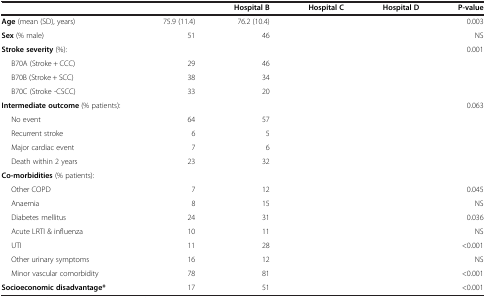
<table><thead><tr><td>[EMPTY_CELL]</td><td>[EMPTY_CELL]</td><td><b>Hospital B</b></td><td><b>Hospital C</b></td><td><b>Hospital D</b></td><td><b>P-value</b></td></tr></thead><tbody><tr><td><b>Age</b> (mean (SD), years)</td><td>75.9 (11.4)</td><td>76.2 (10.4)</td><td>[EMPTY_CELL]</td><td>[EMPTY_CELL]</td><td>0.003</td></tr><tr><td><b>Sex</b> (% male)</td><td>51</td><td>46</td><td>[EMPTY_CELL]</td><td>[EMPTY_CELL]</td><td>NS</td></tr><tr><td><b>Stroke severity</b> (%):</td><td>[EMPTY_CELL]</td><td>[EMPTY_CELL]</td><td>[EMPTY_CELL]</td><td>[EMPTY_CELL]</td><td>0.001</td></tr><tr><td>B70A (Stroke + CCC)</td><td>29</td><td>46</td><td>[EMPTY_CELL]</td><td>[EMPTY_CELL]</td><td>[EMPTY_CELL]</td></tr><tr><td>B70B (Stroke + SCC)</td><td>38</td><td>34</td><td>[EMPTY_CELL]</td><td>[EMPTY_CELL]</td><td>[EMPTY_CELL]</td></tr><tr><td>B70C (Stroke -CSCC)</td><td>33</td><td>20</td><td>[EMPTY_CELL]</td><td>[EMPTY_CELL]</td><td>[EMPTY_CELL]</td></tr><tr><td><b>Intermediate outcome</b> (% patients):</td><td>[EMPTY_CELL]</td><td>[EMPTY_CELL]</td><td>[EMPTY_CELL]</td><td>[EMPTY_CELL]</td><td>0.063</td></tr><tr><td>No event</td><td>64</td><td>57</td><td>[EMPTY_CELL]</td><td>[EMPTY_CELL]</td><td>[EMPTY_CELL]</td></tr><tr><td>Recurrent stroke</td><td>6</td><td>5</td><td>[EMPTY_CELL]</td><td>[EMPTY_CELL]</td><td>[EMPTY_CELL]</td></tr><tr><td>Major cardiac event</td><td>7</td><td>6</td><td>[EMPTY_CELL]</td><td>[EMPTY_CELL]</td><td>[EMPTY_CELL]</td></tr><tr><td>Death within 2 years</td><td>23</td><td>32</td><td>[EMPTY_CELL]</td><td>[EMPTY_CELL]</td><td>[EMPTY_CELL]</td></tr><tr><td><b>Co-morbidities</b> (% patients):</td><td>[EMPTY_CELL]</td><td>[EMPTY_CELL]</td><td>[EMPTY_CELL]</td><td>[EMPTY_CELL]</td><td>[EMPTY_CELL]</td></tr><tr><td>Other COPD</td><td>7</td><td>12</td><td>[EMPTY_CELL]</td><td>[EMPTY_CELL]</td><td>0.045</td></tr><tr><td>Anaemia</td><td>8</td><td>15</td><td>[EMPTY_CELL]</td><td>[EMPTY_CELL]</td><td>NS</td></tr><tr><td>Diabetes mellitus</td><td>24</td><td>31</td><td>[EMPTY_CELL]</td><td>[EMPTY_CELL]</td><td>0.036</td></tr><tr><td>Acute LRTI &amp; influenza</td><td>10</td><td>11</td><td>[EMPTY_CELL]</td><td>[EMPTY_CELL]</td><td>NS</td></tr><tr><td>UTI</td><td>11</td><td>28</td><td>[EMPTY_CELL]</td><td>[EMPTY_CELL]</td><td>&lt;0.001</td></tr><tr><td>Other urinary symptoms</td><td>16</td><td>12</td><td>[EMPTY_CELL]</td><td>[EMPTY_CELL]</td><td>NS</td></tr><tr><td>Minor vascular comorbidity</td><td>78</td><td>81</td><td>[EMPTY_CELL]</td><td>[EMPTY_CELL]</td><td>&lt;0.001</td></tr><tr><td><b>Socioeconomic disadvantage*</b></td><td>17</td><td>51</td><td>[EMPTY_CELL]</td><td>[EMPTY_CELL]</td><td>&lt;0.001</td></tr></tbody></table>